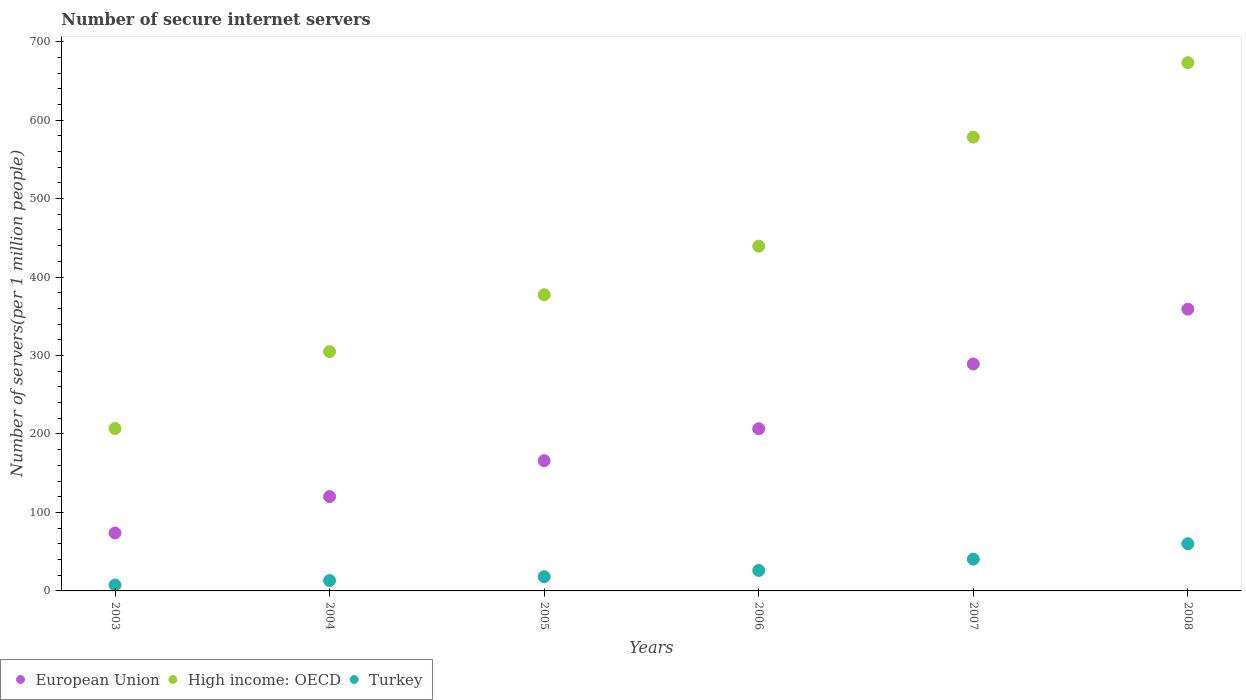
| Years | European Union | High income: OECD | Turkey |
 | --- | --- | --- | --- |
 | 2003 | 73.8 | 207 | 7.51 |
 | 2004 | 120 | 305 | 13.2 |
 | 2005 | 166 | 377 | 18.1 |
 | 2006 | 207 | 439 | 26.1 |
 | 2007 | 289 | 578 | 40.5 |
 | 2008 | 359 | 673 | 60.1 |